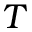
T